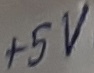
Text: +5V